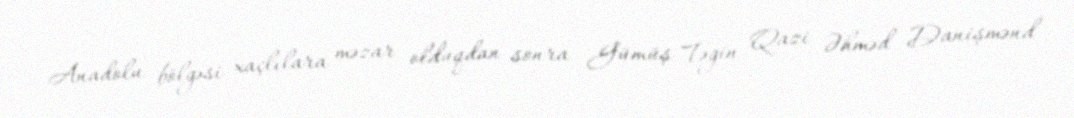
Anadolu bölgəsi xaçlılara məzar olduqdan sonra Gümüş Təgin Qazi Əhməd Danişmənd